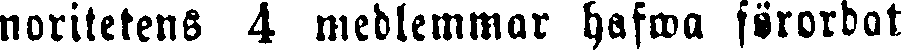
noritetens 4 medlemmar hafwa förordat